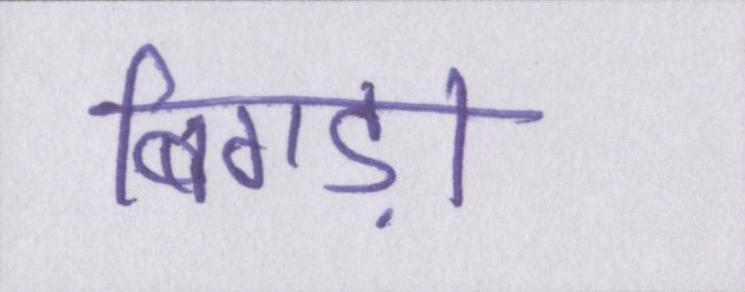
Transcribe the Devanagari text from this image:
बिगड़ा